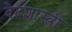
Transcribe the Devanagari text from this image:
वेदशास्त्री